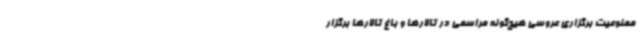
ممنوعیت برگزاری عروسی هیچ‌گونه مراسمی در تالارها و باغ ‌تالارها برگزار